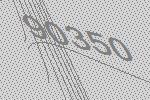
90350